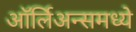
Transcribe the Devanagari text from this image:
ऑर्लिअन्समध्ये